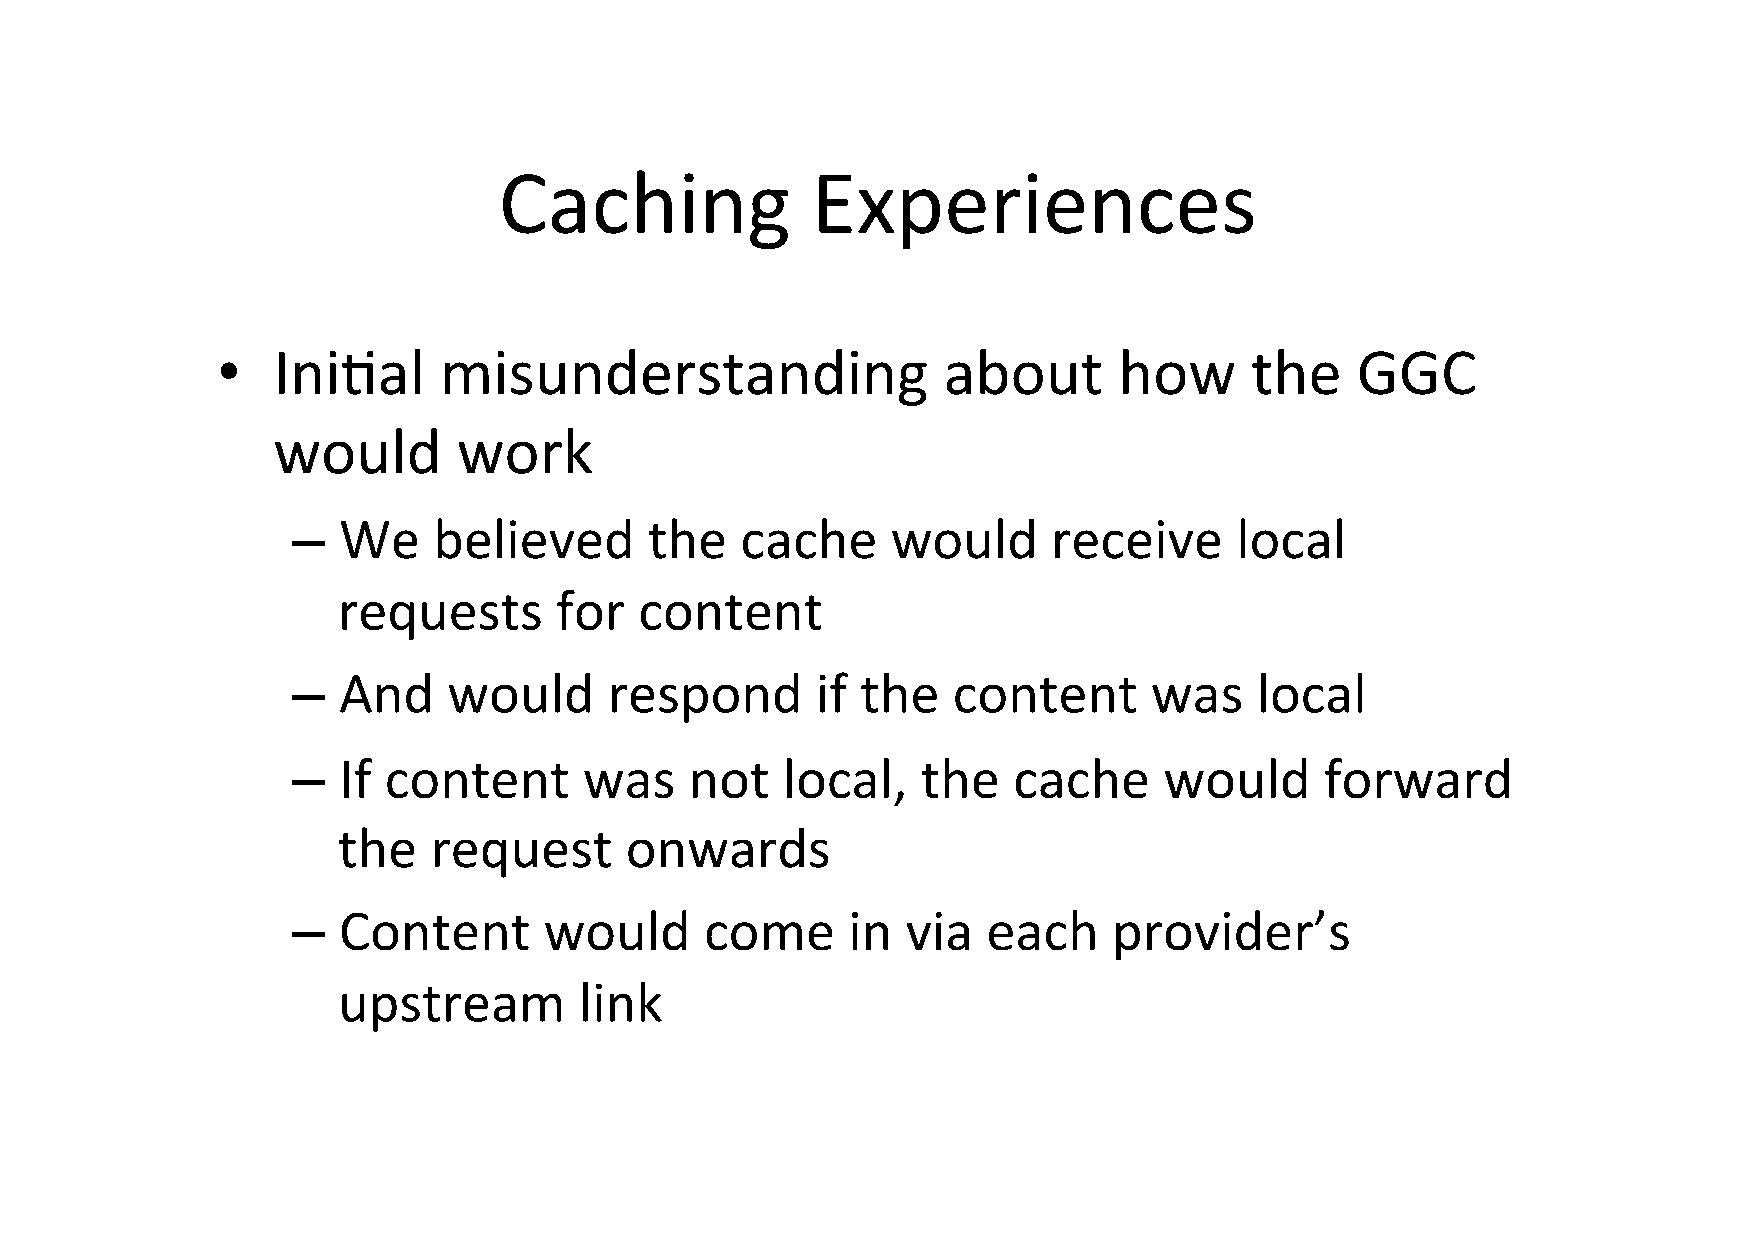
Caching              Experiences
 •   IniJal     misunderstanding                 about       how      the    GGC
 would       work
 –  We     believed      the   cache     would      receive     local
 requests       for  content
 –  And     would     respond       if the   content      was    local
 –  If content       was    not   local,   the   cache     would      forward
 the   request      onwards
 –  Content       would      come     in  via  each     provider’s
 upstream        link